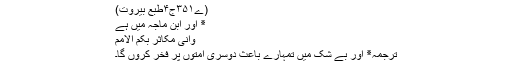
(ے۳۵۱ج۴طبع بیروت)
٭ اور ابن ماجہ میں ہے
وَاِنِّیْ مُکَاثِرٌ بِکُمْ الْاُمَمَ
ترجمہ٭ اور بے شک میں تمہارے باعث دوسری امتوں پر فخر کروں گا۔